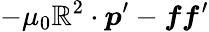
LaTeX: -\mu_{0}\boldsymbol{\mathbb{R}}^{2}\cdot\boldsymbol{p}^{\prime}-\boldsymbol{ff}^{\prime}